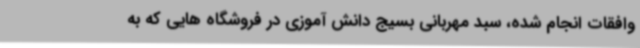
وافقات انجام شده، سبد مهربانی بسیج دانش آموزی در فروشگاه هایی که به